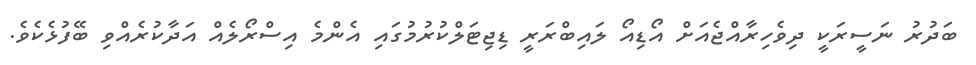
ބަދުރު ނަސީރަކީ ދިވެހިރާއްޖެއަށް އޯޑިއޯ ލައިބްރަރީ ޑިިޖިޓަލްކުރުމުގައި އެންމެ އިސްރޯލެއް އަދާކުރެއްވި ބޭފުޅެކެވެ.